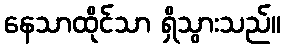
နေသာထိုင်သာ ရှိသွားသည်။